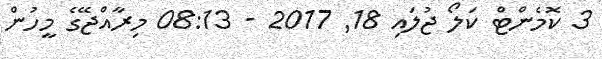
3 ކޮމެންޓް ކަލޯ ޖުލައި 18